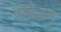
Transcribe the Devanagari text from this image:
प्रसिद्धश्